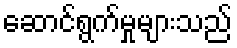
ဆောင်ရွက်မှုများသည်